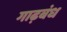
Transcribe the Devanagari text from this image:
गाढ़बंध